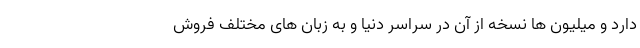
دارد و میلیون ها نسخه از آن در سراسر دنیا و به زبان های مختلف فروش